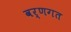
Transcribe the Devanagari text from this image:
वर्णगत